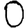
Digit: 0